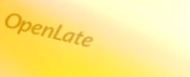
OpenLate